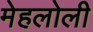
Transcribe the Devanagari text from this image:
मेहलोली